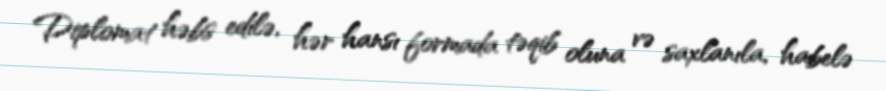
Diplomat həbs edilə, hər hansı formada təqib oluna və saxlanıla, habelə